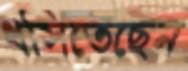
ধসিতেছেন